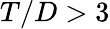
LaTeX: T/D>3